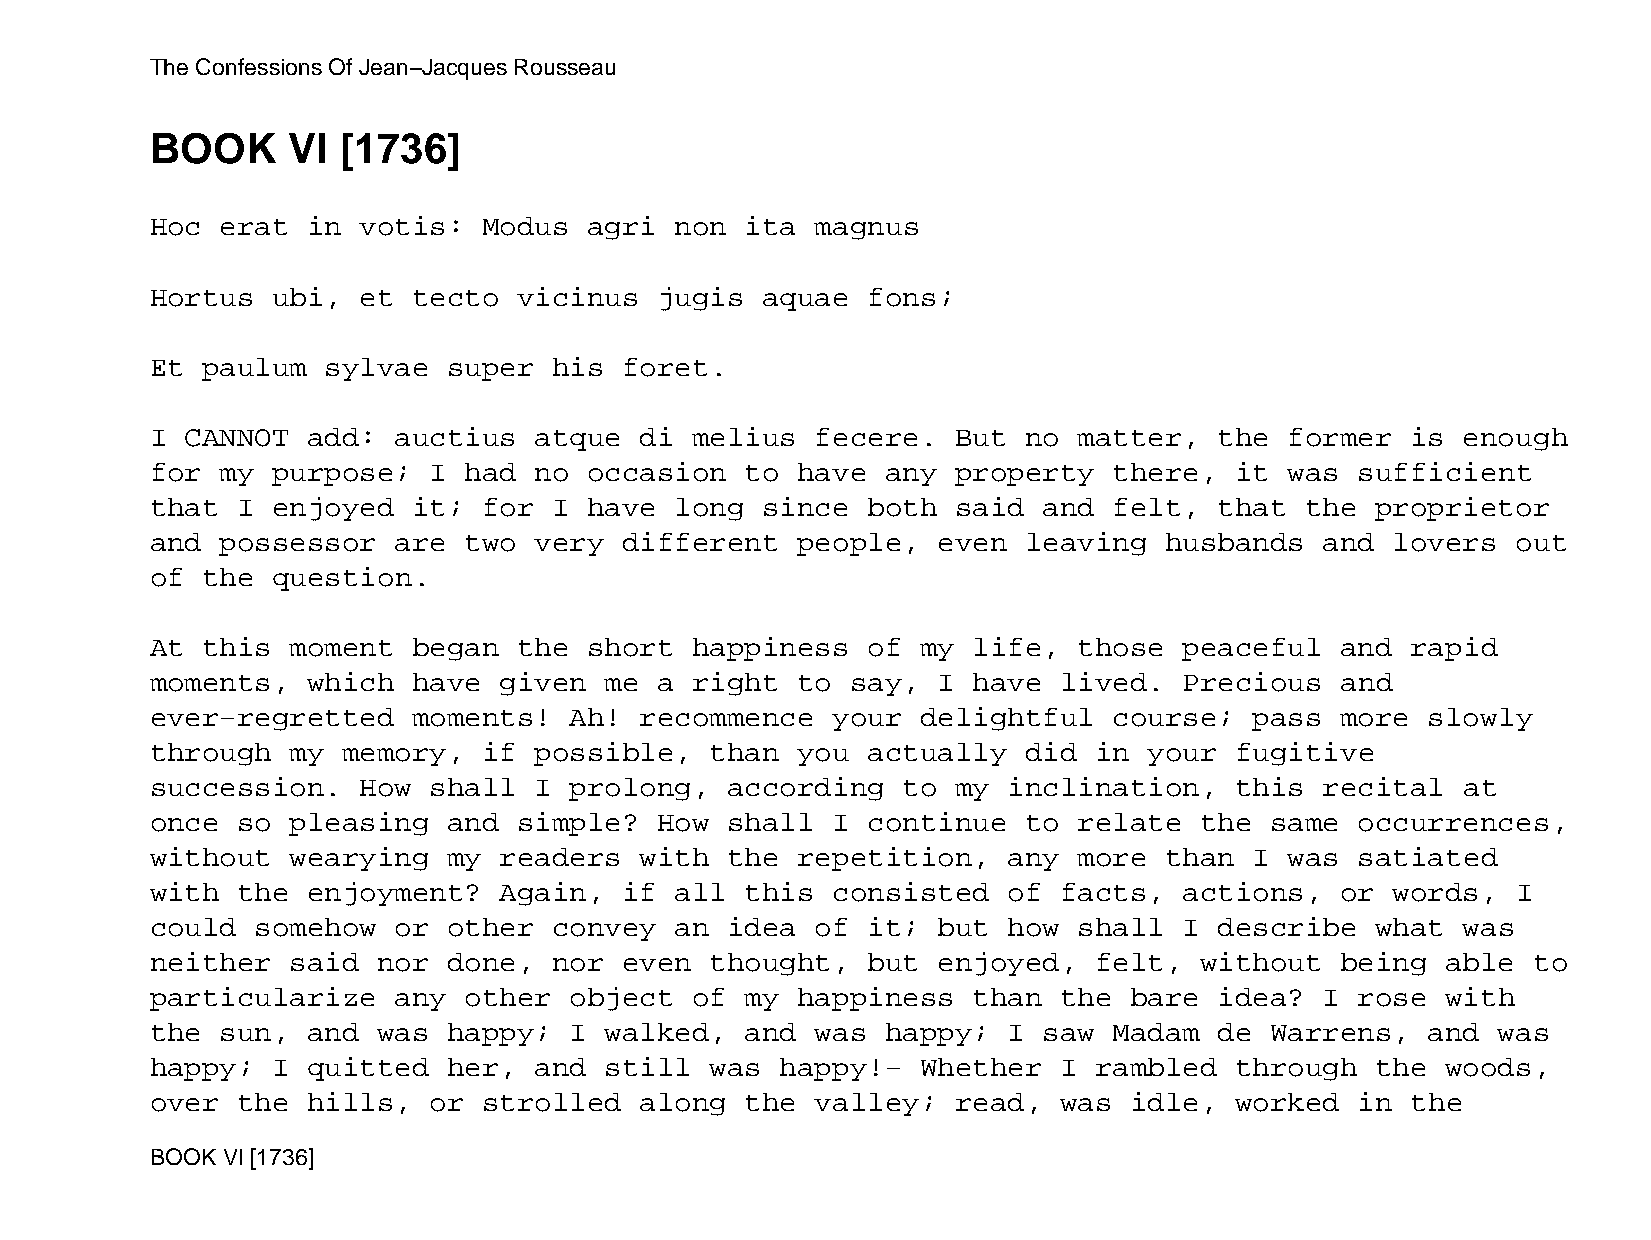
The Confessions Of Jean−Jacques Rousseau
 BOOK     VI [1736]
 Hoc  erat in  votis:  Modus  agri  non ita  magnus
 Hortus  ubi,  et tecto  vicinus   jugis aquae  fons;
 Et paulum   sylvae  super  his foret.
 I CANNOT  add:  auctius  atque  di  melius  fecere.  But  no matter,   the former  is  enough
 for  my purpose;  I  had no  occasion  to  have  any property   there,  it was  sufficient
 that  I enjoyed  it;  for  I have  long since  both  said  and  felt,  that the  proprietor
 and  possessor  are  two very  different   people,  even  leaving  husbands   and lovers  out
 of the  question.
 At this  moment  began  the  short  happiness  of  my life,  those  peaceful   and rapid
 moments,  which  have  given  me  a right  to say,  I have  lived.  Precious   and
 ever−regretted   moments!   Ah! recommence   your  delightful   course;  pass  more  slowly
 through  my  memory,  if possible,   than  you actually   did in  your  fugitive
 succession.   How shall  I  prolong,  according   to my  inclination,   this  recital  at
 once  so pleasing   and simple?   How shall  I continue   to relate  the  same  occurrences,
 without  wearying   my readers  with  the  repetition,   any more  than  I was  satiated
 with  the enjoyment?   Again,  if  all this  consisted   of facts,  actions,   or words,  I
 could  somehow  or  other  convey  an idea  of it;  but  how shall  I  describe  what  was
 neither  said  nor  done,  nor even  thought,  but  enjoyed,  felt,  without   being  able to
 particularize   any  other  object  of my  happiness  than  the  bare  idea?  I rose  with
 the  sun, and  was  happy;  I walked,  and  was  happy;  I saw  Madam  de Warrens,   and was
 happy;  I quitted   her, and  still  was  happy!−  Whether  I rambled   through  the  woods,
 over  the hills,  or  strolled  along  the  valley;  read,  was  idle,  worked  in the
 BOOK VI [1736]